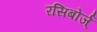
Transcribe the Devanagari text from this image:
रसिबोर्ज्